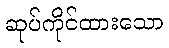
ဆုပ်ကိုင်ထားသော